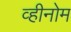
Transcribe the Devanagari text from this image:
व्हीनोम